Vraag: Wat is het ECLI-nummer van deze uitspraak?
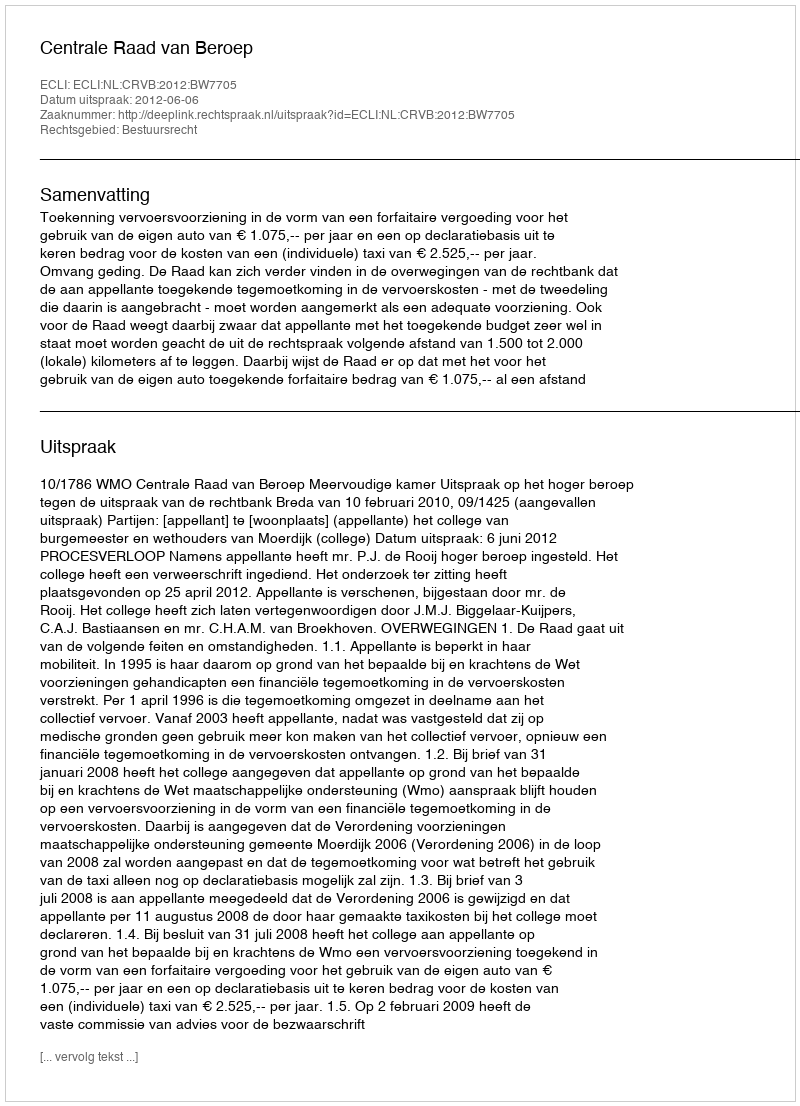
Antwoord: ECLI:NL:CRVB:2012:BW7705